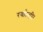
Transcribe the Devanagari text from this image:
रर्वाल्टी।